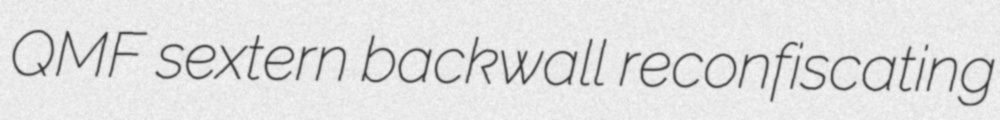
QMF sextern backwall reconfiscating